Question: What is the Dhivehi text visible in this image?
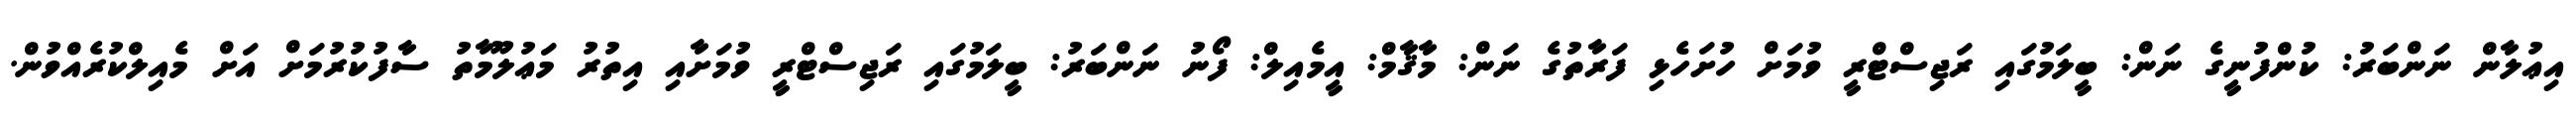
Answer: އިޢުލާން ނަންބަރު: ކުންފުނީގެ ނަން: ބީލަމުގައި ރަޖިސްޓްރީ ވުމަށް ހުށަހެޅި ފަރާތުގެ ނަން: މާޤާމް: އީމެއިލް: ފޯނު ނަންބަރު: ބީލަމުގައި ރަޖިސްޓްރީ ވުމަށާއި އިތުރު މަޢުލޫމާތު ސާފުކުރުމަށް އަށް މެއިލްކުރެއްވުން.